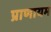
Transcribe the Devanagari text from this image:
प्राणायम